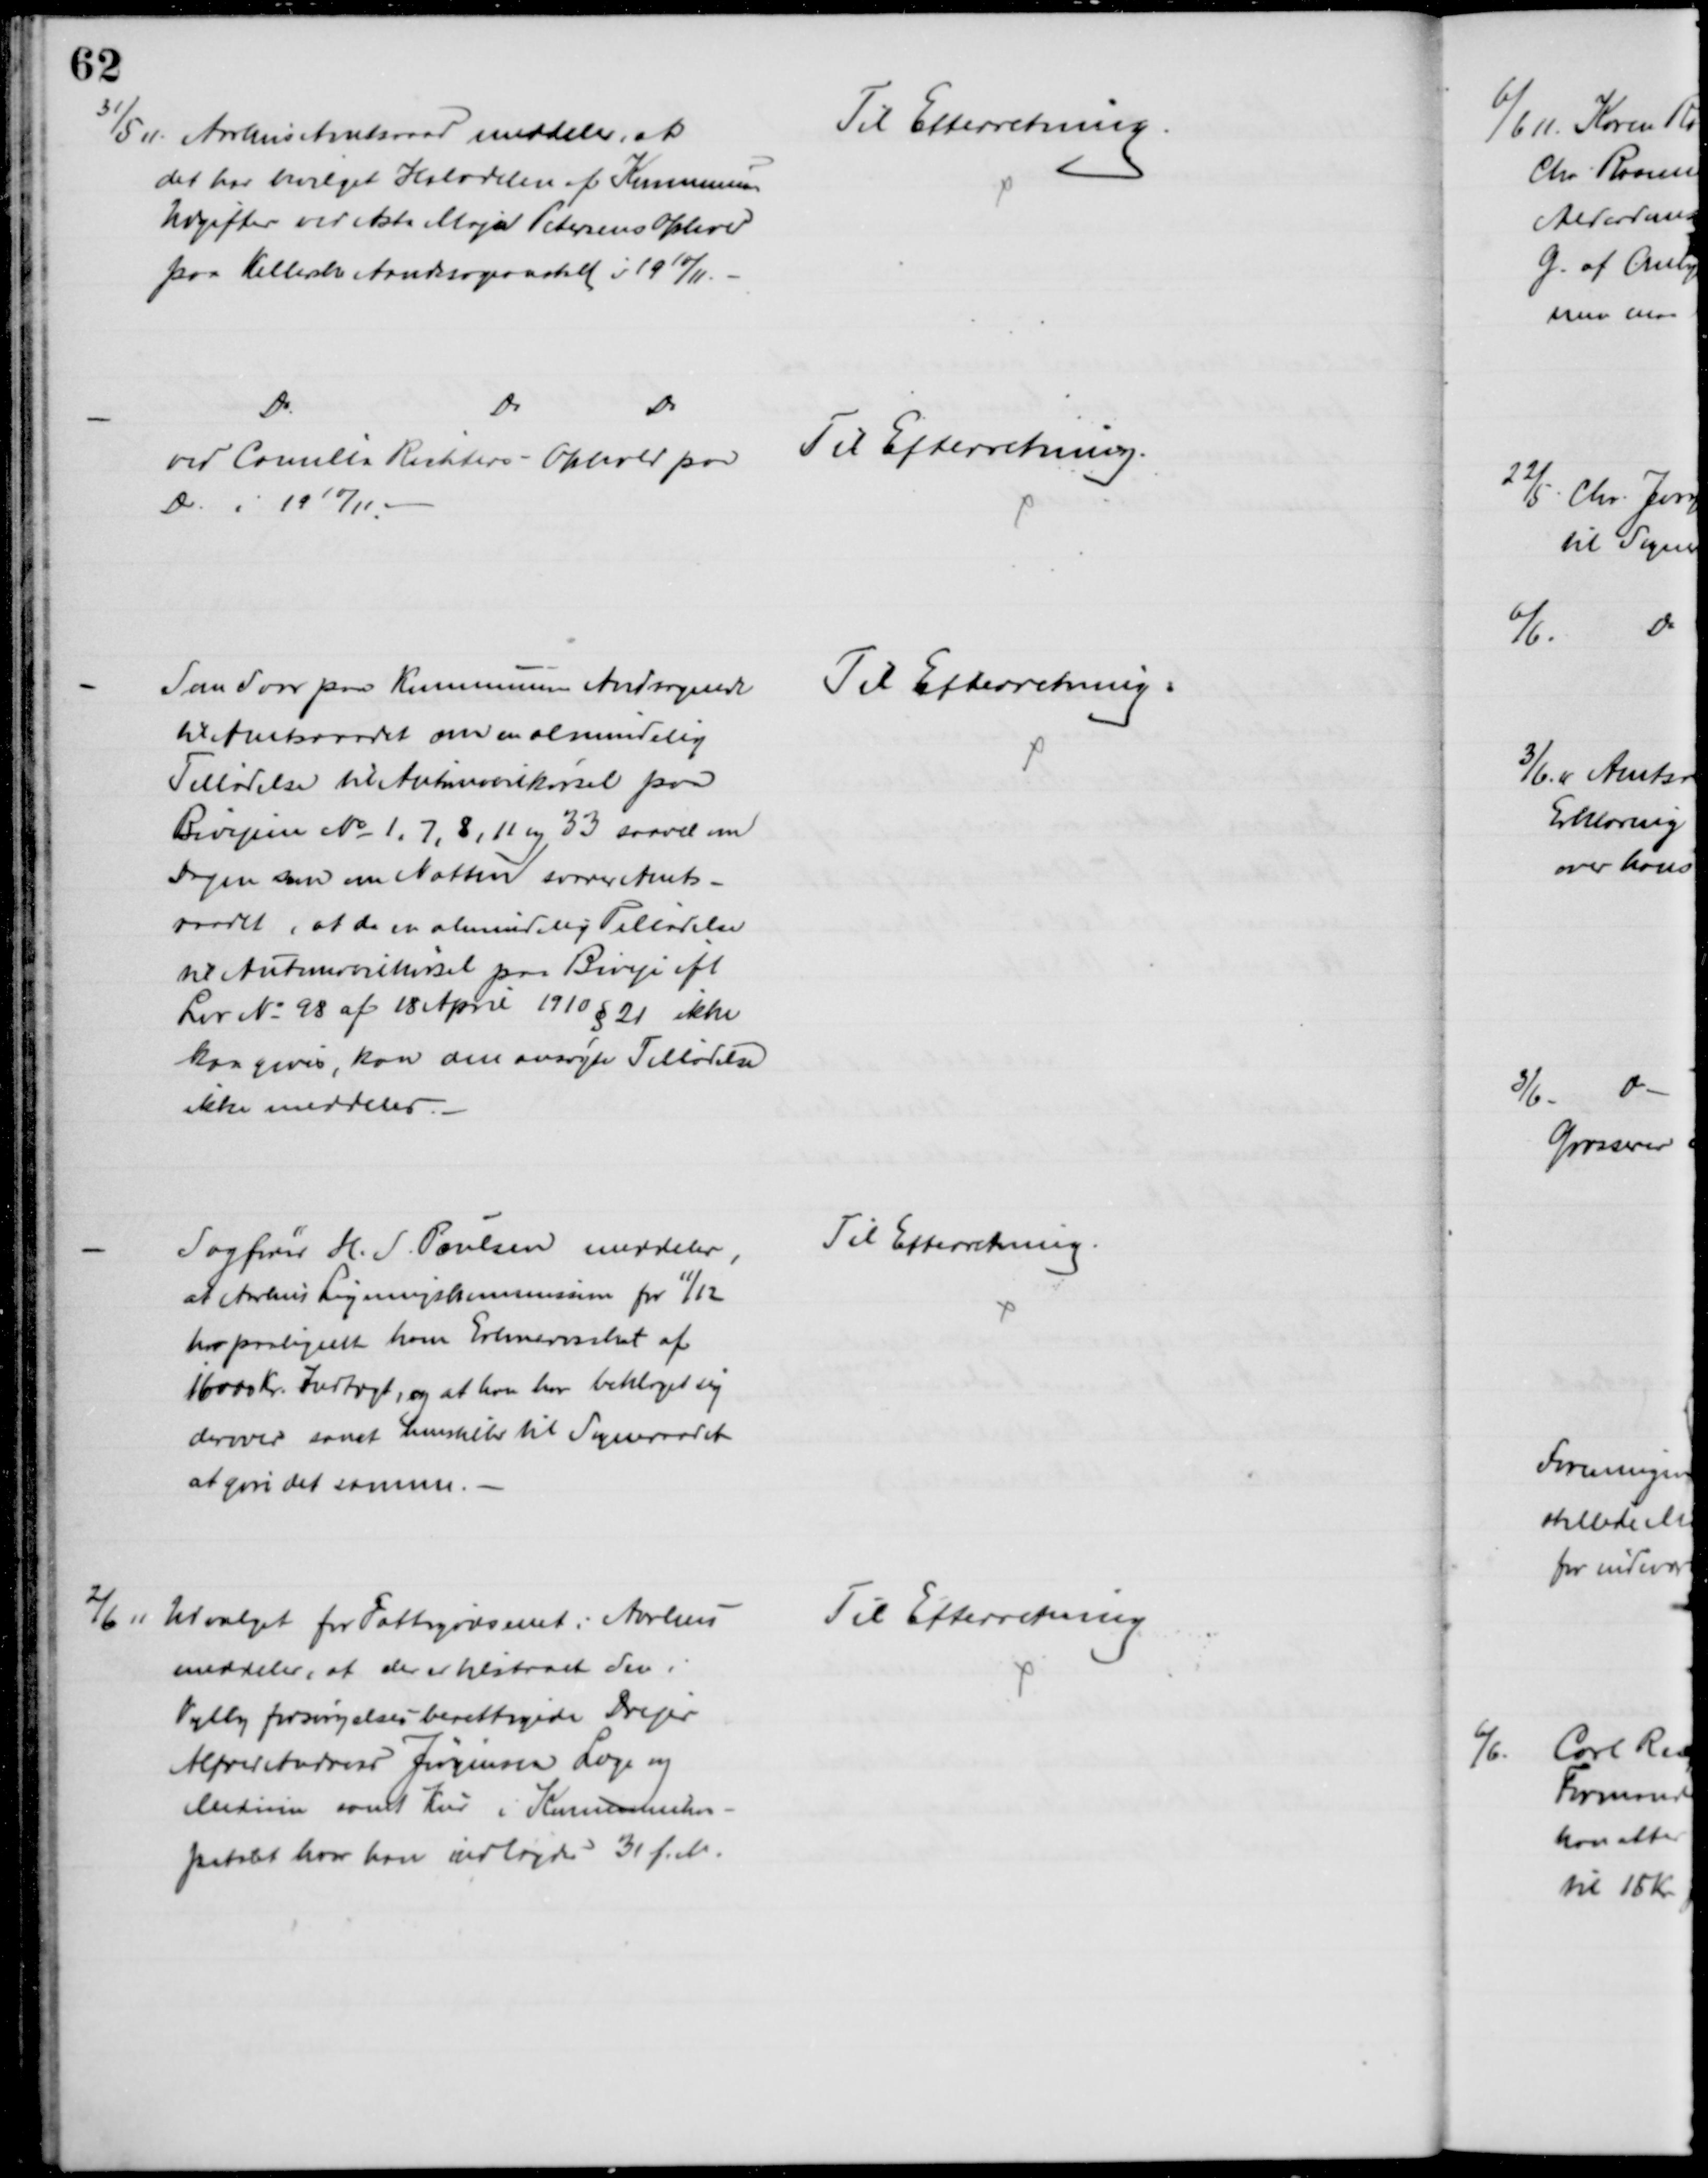
Transskription:
31/5 11 Aarhus Amtsraad meddeler, at
det har bevilget Halvdelen af Kommunens
Udgifter ved Asta Maja Petersens Ophold
paa Kellerske Aandsvageanstalt i 1910/11.
Til Efterretning.
Do
Do
Do
ved Camilla Richters - Ophold paa
Do. i 1910/11
Til Efterretning.
Som Svar paa Kommunens Andragende
til Amtsraadet om en almindelig
Tilladelse til Automobilørsel paa
Bivejene № 1, 7, 8, 11 og 33 saavel om
Dagen som om Natten svarer Amts-
raadet, at da en almindelig Tilladelse
til Automobilkørsel paa Biveje ifl
Lov № 98 af 18 April 1910 § 21 ikke
kan gives, kan om ansøgte Tilladelse
ikke meddeles.
Til Efterretning.
Sagfører H. S. Poulsen meddeler,
at Aarhus Ligningskommission pr 11/12
har paalignet ham Erhvervsskat af 
16000 Kr. Indtægt, og at han har beklaget sig
derover samt henstiller til Sogneraadet
at gøre det samme.
Til Efterretning.
2/6 11 Udvalget for Fattigvæsenet i Aarhus
meddeler, at der er tilstaaet den i
Vejlby forsørgelsesberettigede Drejer
Alfred Andreas Jørgensen Læge og
Medicin samt Kur i Kommunehos-
pitalet hvor han indlagdes 31 f. M.
Til Efterretning